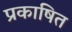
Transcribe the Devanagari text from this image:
प्रकाषित